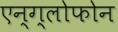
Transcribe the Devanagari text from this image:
एन्ग्लोफोन